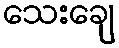
သေးချေ